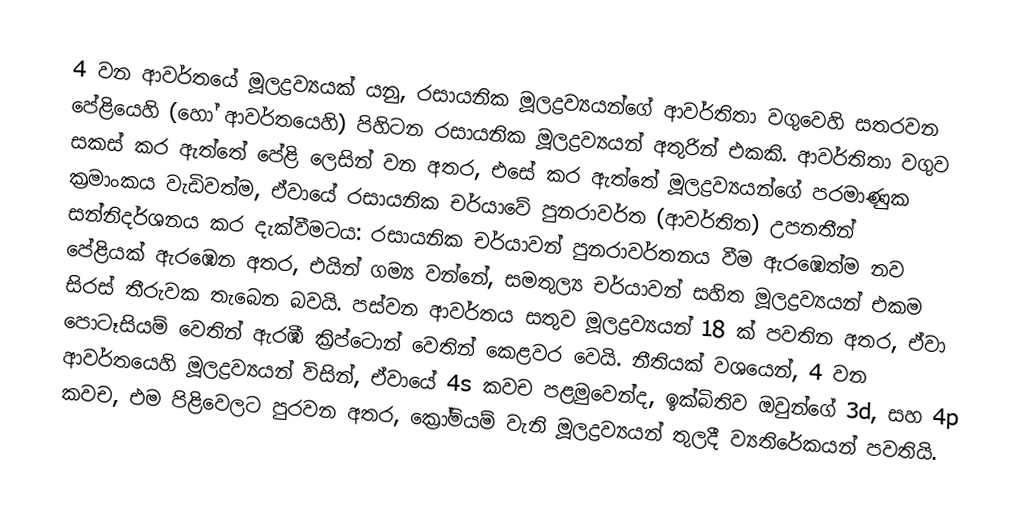
4 වන ආවර්තයේ මූලද්‍රව්‍යයක් යනු, රසායනික මූලද්‍රව්‍යයන්ගේ ආවර්තිතා වගුවෙහි සතරවන පේළියෙහි (හෝ ආවර්තයෙහි) පිහිටන රසායනික මූලද්‍රව්‍යයන් අතුරින් එකකි.  ආවර්තිතා වගුව සකස් කර ඇත්තේ පේළි ලෙසින් වන අතර, එසේ කර ඇත්තේ මූලද්‍රව්‍යයන්ගේ පරමාණුක ක්‍රමාංකය වැඩිවත්ම, ඒවායේ රසායනික චර්යාවේ පුනරාවර්ත (ආවර්තිත)  උපනතීන් සන්නිදර්ශනය කර දැක්වීමටය: රසායනික චර්යාවන් පුනරාවර්තනය වීම ඇරඹෙත්ම නව පේළියක් ඇරඹෙන අතර, එයින් ගම්‍ය වන්නේ, සමතුල්‍ය චර්යාවන් සහිත මූලද්‍රව්‍යයන් එකම සිරස් තීරුවක තැබෙන බවයි. පස්වන ආවර්තය සතුව මූලද්‍රව්‍යයන් 18 ක් පවතින අතර, ඒවා  පොටෑසියම් වෙතින් ඇරඹී  ක්‍රිප්ටොන් වෙතින් කෙළවර වෙයි. නීතියක් වශයෙන්, 4 වන ආවර්තයෙහි මූලද්‍රව්‍යයන් විසින්, ඒවායේ  4s කවච පළමුවෙන්ද, ඉක්බිතිව ඔවුන්ගේ 3d, සහ 4p කවච, එම පිළිවෙලට පුරවන අතර, ක්‍රෝමියම් වැනි මූලද්‍රව්‍යයන් තුලදී ව්‍යතිරේකයන් පවතියි.